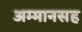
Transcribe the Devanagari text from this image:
अम्मानसह